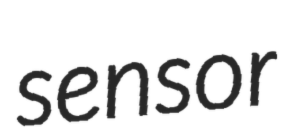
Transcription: sensor